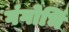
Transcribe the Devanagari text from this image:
गंगोर्भि